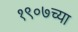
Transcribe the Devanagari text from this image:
१९०७च्या